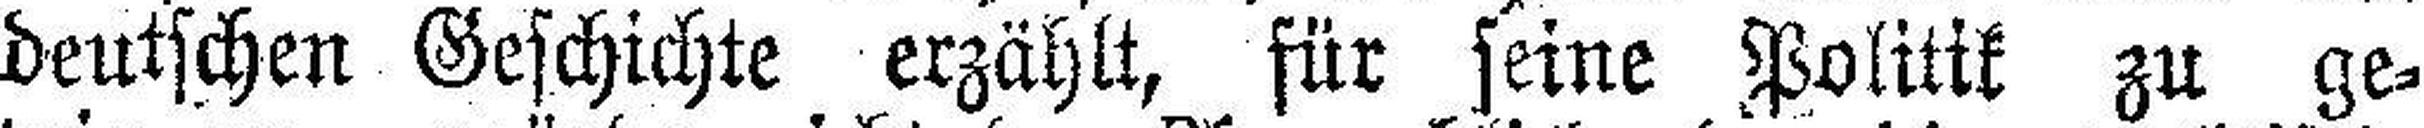
deutschen Geschichte erzählt, für seine Politik zu ge¬